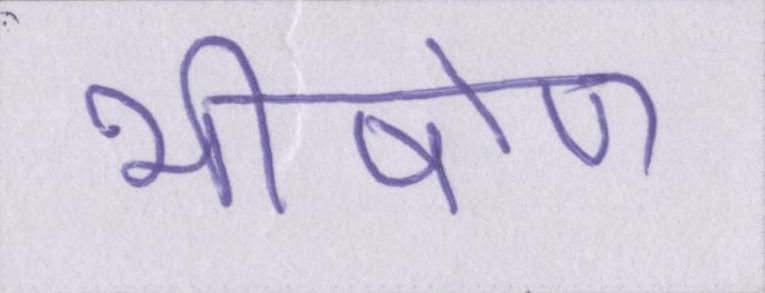
भीषोण